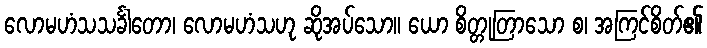
လောမဟံသသင်္ခါတော၊ လောမဟံသဟု ဆိုအပ်သော။ ယော စိတ္တုတြာသော စ၊ အကြင်စိတ်၏